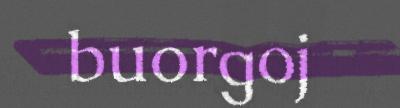
buorgoj